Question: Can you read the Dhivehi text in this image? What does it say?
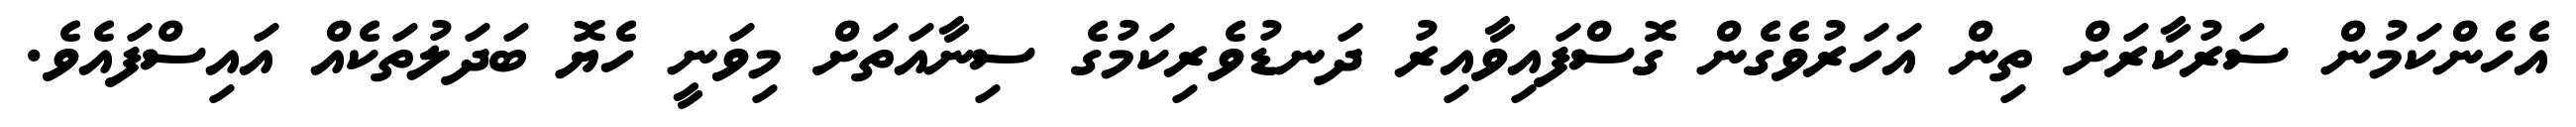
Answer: އެހެންކަމުން ސަރުކާރަށް ތިން އަހަރުވެގެން ގޮސްފައިވާއިރު ދަނޑުވެރިކަމުގެ ސިނާއަތަށް މިވަނީ ހެޔޮ ބަދަލުތަކެއް އައިސްފައެވެ.